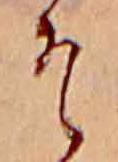
そ